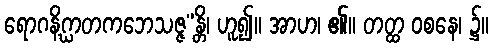
ရောဂနိဂ္ဃာတကဘေသဇ္ဇ”န္တိ၊ ဟူ၍။ အာဟ၊ ၏။ တတ္ထ ဝစနေ၊ ၌။